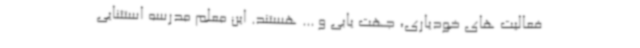
فعالیت های خودیاری، جهت یابی و ... هستند. این معلم مدرسه استثنایی